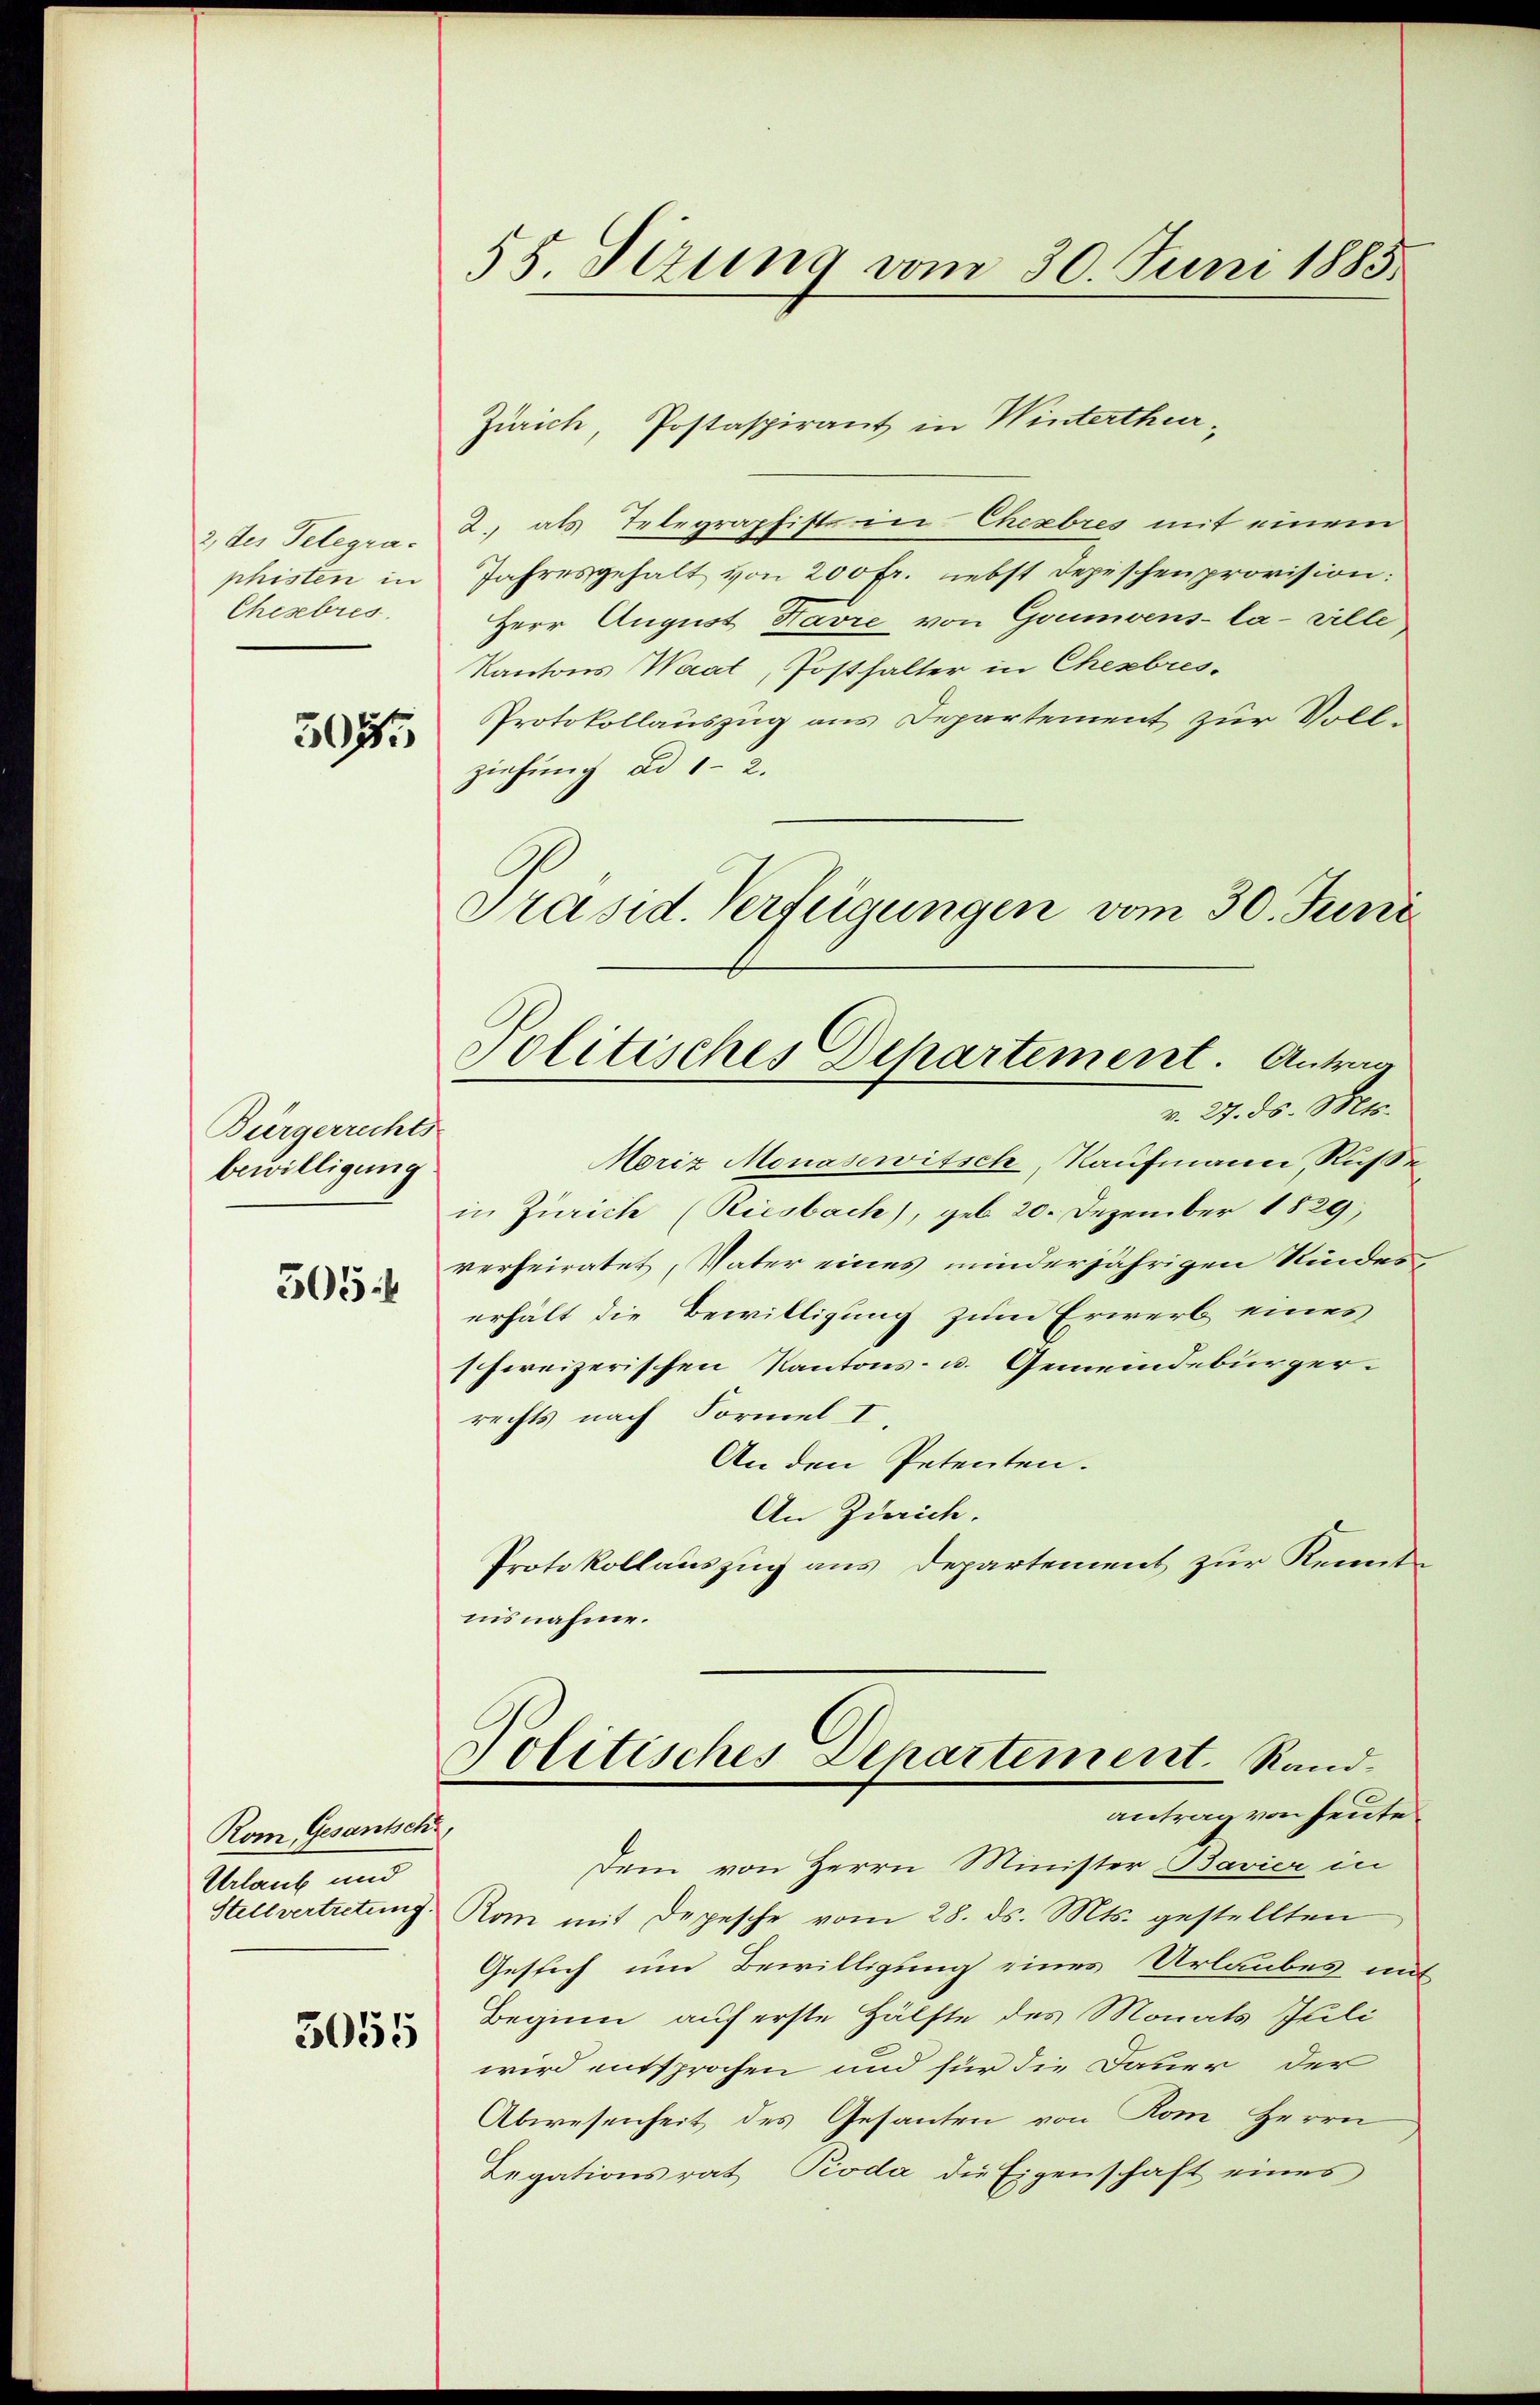
2 des Telegra-
phisten in
Chesebres.

3045

Bürgerrechts
bewilligung
505.

Rom Gesantsch
Urlaub und
3055

58. Sizung vom 30. Juni 1883.

Zürich, Postaspirant in Winterthur-
2. als Telegraphiste in Cheebres mit einem
Jahresgehalt von 200 fr. nebst Depeschenprovision:
Herr August Havre von Goumoens-la-ville,
Kantons Waat, Posthalter in Chexbres¬
Protokollauszug aus Departement zur Voll-
ziehung ad 1. 2.
Moriz Monasewitsch, Kaufmann Ruße
in Zürich (Riesbach), geb. 20. Dezember 1829,
verheiratet, Vater eines minderjährigen Kindes
erhält die Bewilligung zum Erwerb eines
schweizerischen Kantons- u. Gemeindebürgerrechts nach Formel I
An den Petenten.
An Zürich.
Protokollauszug aus Departement zur Kenntnisnahme.
Politisches Departement. Rand
antrag von heute.
Dem von Herrn Minister Bavier in
Stellvertretung. Rom mit Depesche vom 28. ds. Mts. gestellten
Gesich um Bewilligung eines Urlaubes mit
Beginn auf erste Hälfte des Monats Juli
wird entsprochen und für die Dauer der
Abwesenheit des Gesanten von Rom Herrn
Legationsrat Pioda die Eigenschaft eines

Präsid. Verfügungen vom 30. Juni
Politisches Departement. Antrag
v. 27. ds. Mts.